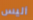
أليس